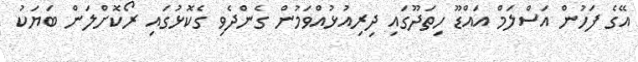
އޭގެ ފަހުން އަސްލަމް އައްޑޫ ހިތަދޫގައި ދިރިއުޅުއްވަމުން ގެންދެވި ގެކޮޅުގައި ރޯކޮށްލަން ބަޔަކު